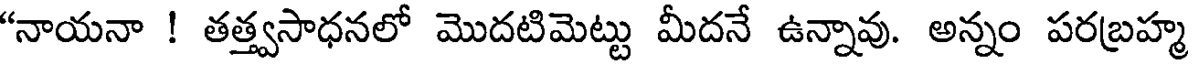
"నాయనా ! తత్త్వసాధనలో మొదటిమెట్టు మీదనే ఉన్నావు. అన్నం పరబ్రహ్మ